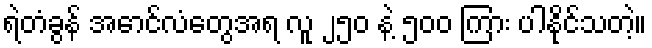
ရဲတံခွန် အောင်လံတွေအရ လူ ၂၅၀ နဲ့ ၅၀၀ ကြား ပါနိုင်သတဲ့။